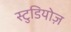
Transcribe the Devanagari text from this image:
स्टुडियोज़